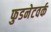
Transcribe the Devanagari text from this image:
फुडनेटवर्क